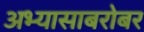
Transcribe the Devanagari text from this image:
अभ्यासाबरोबर